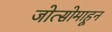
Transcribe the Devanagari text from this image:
जोत्सोमाहून